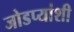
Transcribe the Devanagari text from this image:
जोडप्यांशी